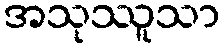
အသုဿူသာ